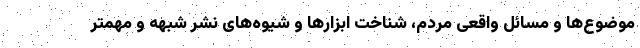
موضوع‌ها و مسائل واقعی مردم، شناخت ابزارها و شیوه‌های نشر شبهه و مهمتر